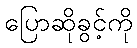
ပြောဆိုခွင့်ကို